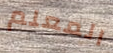
المعلم